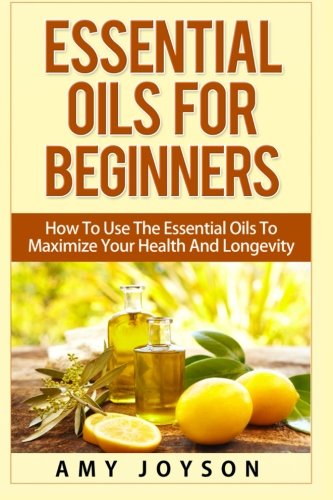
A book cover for Essential Oils For Beginners: Essential Oils For Beginners: How To Use The Essential Oils To Maximize Your Health And Longevity (Essential Oils And Aromatherapy) (Volume 1); Amy Joyson; Health, Fitness & Dieting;